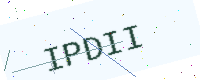
Text: IPDII